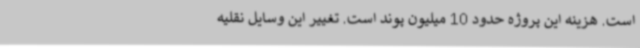
است. هزینه این پروژه حدود 10 میلیون پوند است. تغییر این وسایل نقلیه